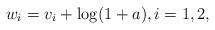
LaTeX: \begin{align*} w_i = v_i +\log(1+a), i=1,2,\end{align*}